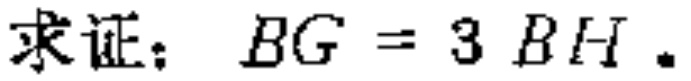
求证：\(BG = 3BH\).